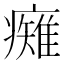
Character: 𭼯